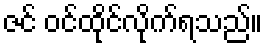
ဇင် ဝင်ထိုင်လိုက်ရသည်။